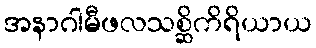
အနာဂါမီဖလသစ္ဆိကိရိယာယ